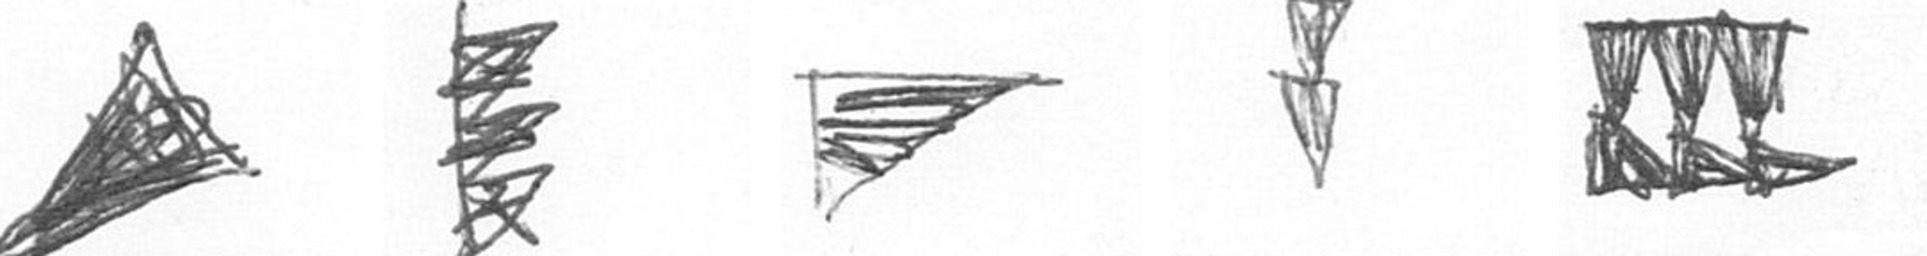
O H T Z D